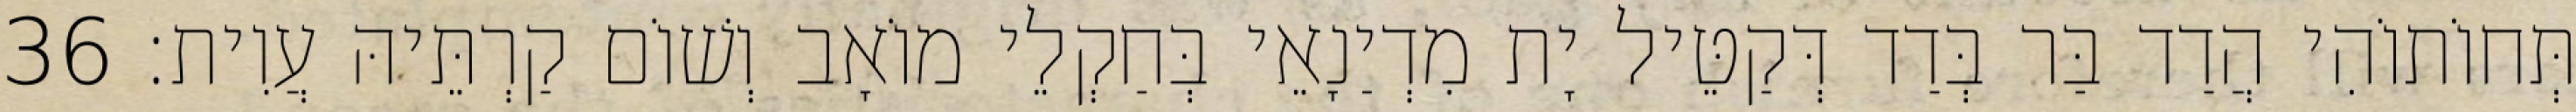
תְּחוֹתוֹהִי הֲדַד בַּר בְּדַד דְּקַטֵּיל יָת מִדְיַנָאֵי בְּחַקְלֵי מוֹאָב וְשׁוֹם קַרְתֵּיהּ עֲוִית׃ 36